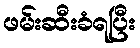
ဖမ်းဆီးခံရပြီး